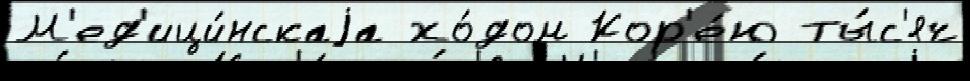
М'ед'ици́нскаjа хо́дом Кор'е́ю ты́с'яч